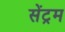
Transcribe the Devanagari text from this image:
सेंट्रम